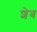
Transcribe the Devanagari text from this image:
शेब